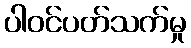
ပါဝင်ပတ်သက်မှု